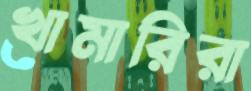
খামারিরা